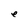
Character: e